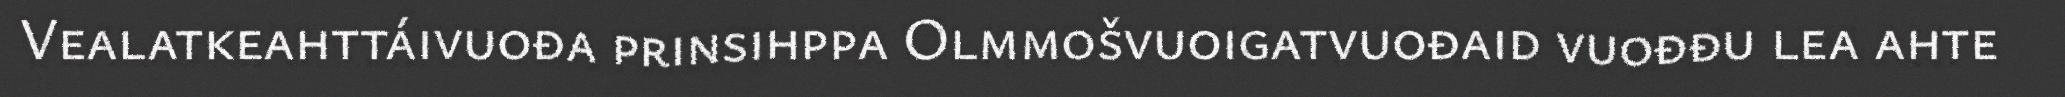
Vealatkeahttáivuođa prinsihppa Olmmošvuoigatvuođaid vuođđu lea ahte